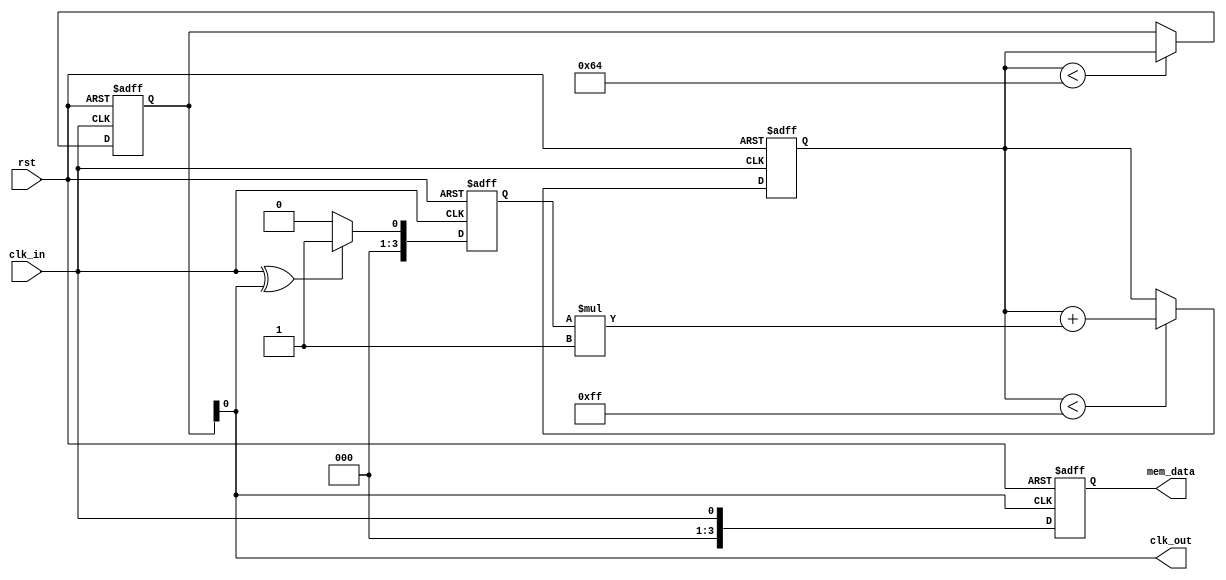
module PLL_ClockRecovery (
    input wire clk_in,             // Incoming data signal
    input wire rst,                // Asynchronous reset signal
    output wire clk_out,           // Output clock signal
    output wire [3:0] mem_data     // Example memory data output
);

    // Parameters for loop filter
    parameter LF_GAIN = 4'b0001;   // Loop filter gain
    parameter VCO_MAX_FREQ = 100;   // Max frequency VCO can generate

    // Internal signals
    reg [3:0] phase_error;          // Phase error output from PD
    reg [7:0] loop_filtered;         // Filtered output from loop filter
    reg [7:0] vco_output;            // VCO output clock
    reg [7:0] clk_divider;           // For clock division

    // Phase Detector (PD)
    always @(posedge clk_in or posedge rst) begin
        if (rst) begin
            phase_error <= 4'b0000; // Reset phase error
        end else begin
            // A simple phase detector logic (XOR-based)
            phase_error <= (clk_in ^ clk_out) ? 4'b0001 : 4'b0000;
        end
    end

    // Loop Filter (LF)
    always @(posedge clk_in or posedge rst) begin
        if (rst) begin
            loop_filtered <= 8'b00000000; // Reset loop filter
        end else begin
            if (loop_filtered < 8'd255) begin
                loop_filtered <= loop_filtered + (phase_error * LF_GAIN); // Simple low-pass filter
            end
        end
    end

    // Voltage-Controlled Oscillator (VCO)
    always @(posedge clk_in or posedge rst) begin
        if (rst) begin
            vco_output <= 0; // Reset VCO output
        end else begin
            // Drive VCO output based on filtered signal
            if (loop_filtered < VCO_MAX_FREQ) begin
                vco_output <= loop_filtered; // Locking frequency
            end
        end
    end

    // Clock Output Generation
    assign clk_out = vco_output[0]; // Output clock at selected frequency

    // Memory Blocks (simplified as shift register)
    reg [3:0] memory_block [0:15]; // 16 depth memory for example
    integer i;

    always @(posedge clk_out or posedge rst) begin
        if (rst) begin
            for (i = 0; i < 16; i = i + 1) begin
                memory_block[i] <= 4'b0000; // Reset memory
            end
        end else begin
            // Shift in the incoming data (simplified)
            memory_block[15] <= memory_block[14];
            for (i = 14; i > 0; i = i - 1) begin
                memory_block[i] <= memory_block[i - 1];
            end
            memory_block[0] <= clk_in; // Store the incoming data
        end
    end

    assign mem_data = memory_block[0]; // Accessing latest incoming data

endmodule